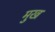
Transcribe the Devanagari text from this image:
मुख्‍ा